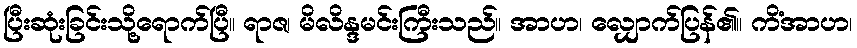
ပြီးဆုံးခြင်းသို့ရောက်ပြီ။ ရာဇ၊ မိလိန္ဒမင်းကြီးသည်။ အာဟ၊ လျှောက်ပြန်၏။ ကိံအာဟ၊